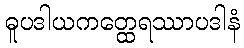
ဓူပဒါယကတ္ထေရဿာပဒါနံ